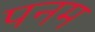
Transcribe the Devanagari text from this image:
पनम